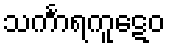
သင်္ကာရကူဋေဝ